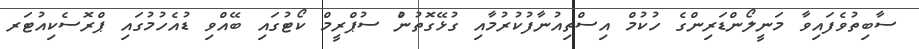
ސާބިތުވެފައިވާ މަނީލޯންޑަރިންގެ ހުކުމް އިސްތިއުނާފުކުރުމާއި ގުޅޭގޮތުންު ސުޕްރީމް ކޯޓުގައި ބޭއްވި ޑުއެހުމުގައި ޕްރޮސެކިއުޓަރ